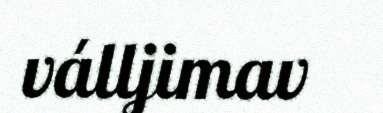
válljimav